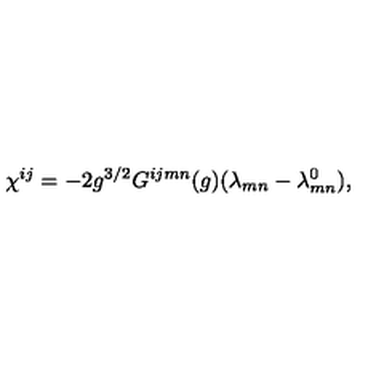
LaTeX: \chi ^ { i j } = - 2 g ^ { 3 / 2 } G ^ { i j m n } ( g ) ( \lambda _ { m n } - \lambda _ { m n } ^ { 0 } ) ,